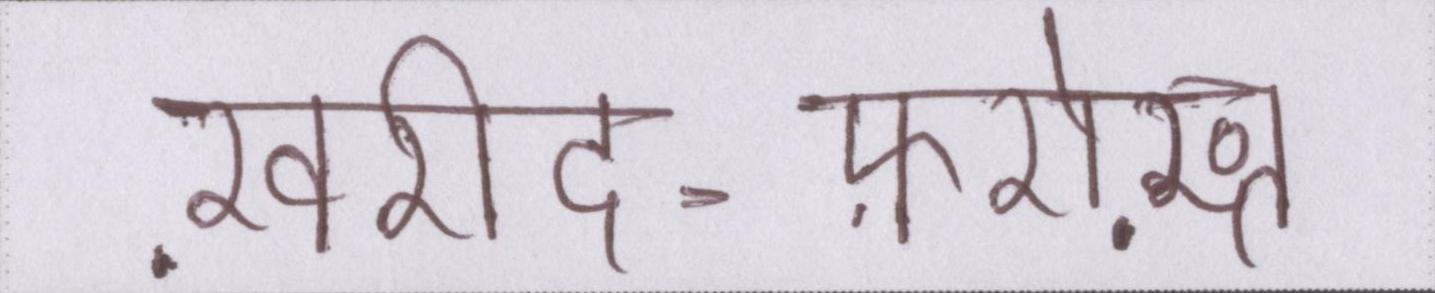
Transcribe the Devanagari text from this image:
ख़रीद-फ़रोख़्त